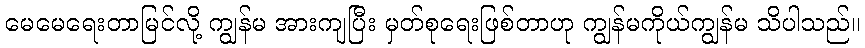
မေမေရေးတာမြင်လို့ ကျွန်မ အားကျပြီး မှတ်စုရေးဖြစ်တာဟု ကျွန်မကိုယ်ကျွန်မ သိပါသည်။